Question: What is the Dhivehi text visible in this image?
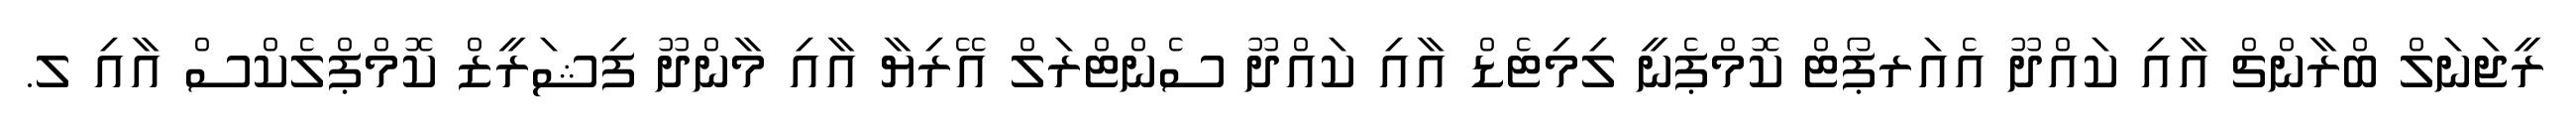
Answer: ރީޖަނަލް ބްރާންޗް އާއި ކައްދޫ އެއަރޕޯޓް ކޮމްޕެނީ ލިމިޓެޑް އާއި ކައްދޫ ސެންޓްރަލް އޭރިޔާ އާއި މާންދޫ ފިޝަރީޒް ކޮމްޕްލެކްސް އާއި ލ.